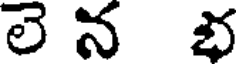
లె న భ